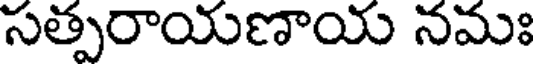
సత్పరాయణాయ నమః